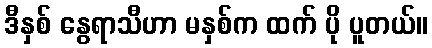
ဒီနှစ် နွေရာသီဟာ မနှစ်က ထက် ပို ပူတယ်။